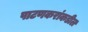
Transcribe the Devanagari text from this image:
पाटणकरांकडील